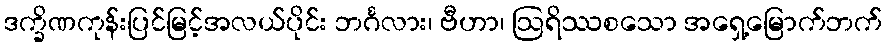
ဒက္ခိဏကုန်းပြင်မြင့်အလယ်ပိုင်း ဘင်္ဂလား၊ ဗီဟာ၊ ဩရိဿစသော အရှေ့မြောက်ဘက်